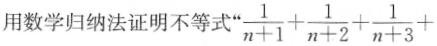
用数学归纳法证明不等式“$$\frac { 1 } { n + 1 } + \frac { 1 } { n + 2 } + \frac { 1 } { n + 3 } +